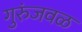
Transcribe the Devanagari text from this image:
गुरुंजवळ